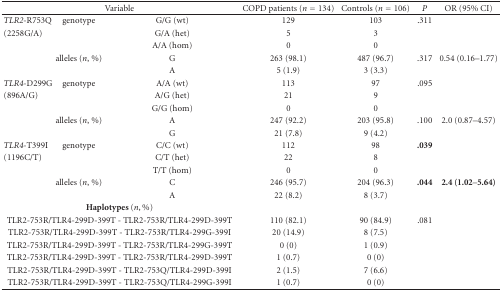
<table><thead><tr><td colspan="3"><b>Variable</b></td><td><b>COPD patients (<i>n</i> = 134)</b></td><td><b>Controls (<i>n</i> = 106)</b></td><td><b><i>P</i></b></td><td><b>OR (95% CI)</b></td></tr></thead><tbody><tr><td><i>TLR2</i>-R753Q</td><td>genotype</td><td>G/G (wt)</td><td>129</td><td>103</td><td>.311</td><td></td></tr><tr><td>(2258G/A)</td><td></td><td>G/A (het)</td><td>5</td><td>3</td><td></td><td></td></tr><tr><td></td><td></td><td>A/A (hom)</td><td>0</td><td>0</td><td></td><td></td></tr><tr><td></td><td>alleles (<i>n</i>, %)</td><td>G</td><td>263 (98.1)</td><td>487 (96.7)</td><td>.317</td><td>0.54 (0.16–1.77)</td></tr><tr><td></td><td></td><td>A</td><td>5 (1.9)</td><td>3 (3.3)</td><td></td><td></td></tr><tr><td><i>TLR4</i>-D299G</td><td>genotype</td><td>A/A (wt)</td><td>113</td><td>97</td><td>.095</td><td></td></tr><tr><td>(896A/G)</td><td></td><td>A/G (het)</td><td>21</td><td>9</td><td></td><td></td></tr><tr><td></td><td></td><td>G/G (hom)</td><td>0</td><td>0</td><td></td><td></td></tr><tr><td></td><td>alleles (<i>n</i>, %)</td><td>A</td><td>247 (92.2)</td><td>203 (95.8)</td><td>.100</td><td>2.0 (0.87–4.57)</td></tr><tr><td></td><td></td><td>G</td><td>21 (7.8)</td><td>9 (4.2)</td><td></td><td></td></tr><tr><td><i>TLR4</i>-T399I</td><td>genotype</td><td>C/C (wt)</td><td>112</td><td>98</td><td><b>.039</b></td><td></td></tr><tr><td>(1196C/T)</td><td></td><td>C/T (het)</td><td>22</td><td>8</td><td></td><td></td></tr><tr><td></td><td></td><td>T/T (hom)</td><td>0</td><td>0</td><td></td><td></td></tr><tr><td></td><td>alleles (<i>n</i>, %)</td><td>C</td><td>246 (95.7)</td><td>204 (96.3)</td><td><b>.044</b></td><td><b>2.4 (1.02</b>–<b>5.64)</b></td></tr><tr><td></td><td></td><td>A</td><td>22 (8.2)</td><td>8 (3.7)</td><td></td><td></td></tr><tr><td colspan="3"><b>Haplotypes </b>(<i>n</i>, %)</td><td></td><td></td><td></td><td></td></tr><tr><td colspan="3">TLR2-753R/TLR4-299D-399T - TLR2-753R/TLR4-299D-399T</td><td>110 (82.1)</td><td>90 (84.9)</td><td>.081</td><td></td></tr><tr><td colspan="3">TLR2-753R/TLR4-299D-399T - TLR2-753R/TLR4-299G-399I</td><td>20 (14.9)</td><td>8 (7.5)</td><td></td><td></td></tr><tr><td colspan="3">TLR2-753R/TLR4-299D-399T - TLR2-753R/TLR4-299G-399T</td><td>0 (0)</td><td>1 (0.9)</td><td></td><td></td></tr><tr><td colspan="3">TLR2-753R/TLR4-299D-399T - TLR2-753R/TLR4-299D-399T</td><td>1 (0.7)</td><td>0 (0)</td><td></td><td></td></tr><tr><td colspan="3">TLR2-753R/TLR4-299D-399T - TLR2-753Q/TLR4-299D-399I</td><td>2 (1.5)</td><td>7 (6.6)</td><td></td><td></td></tr><tr><td colspan="3">TLR2-753R/TLR4-299D-399T - TLR2-753Q/TLR4-299G-399I</td><td>1 (0.7)</td><td>0 (0)</td><td></td><td></td></tr></tbody></table>